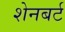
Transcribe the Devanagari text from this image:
शेनबर्ट